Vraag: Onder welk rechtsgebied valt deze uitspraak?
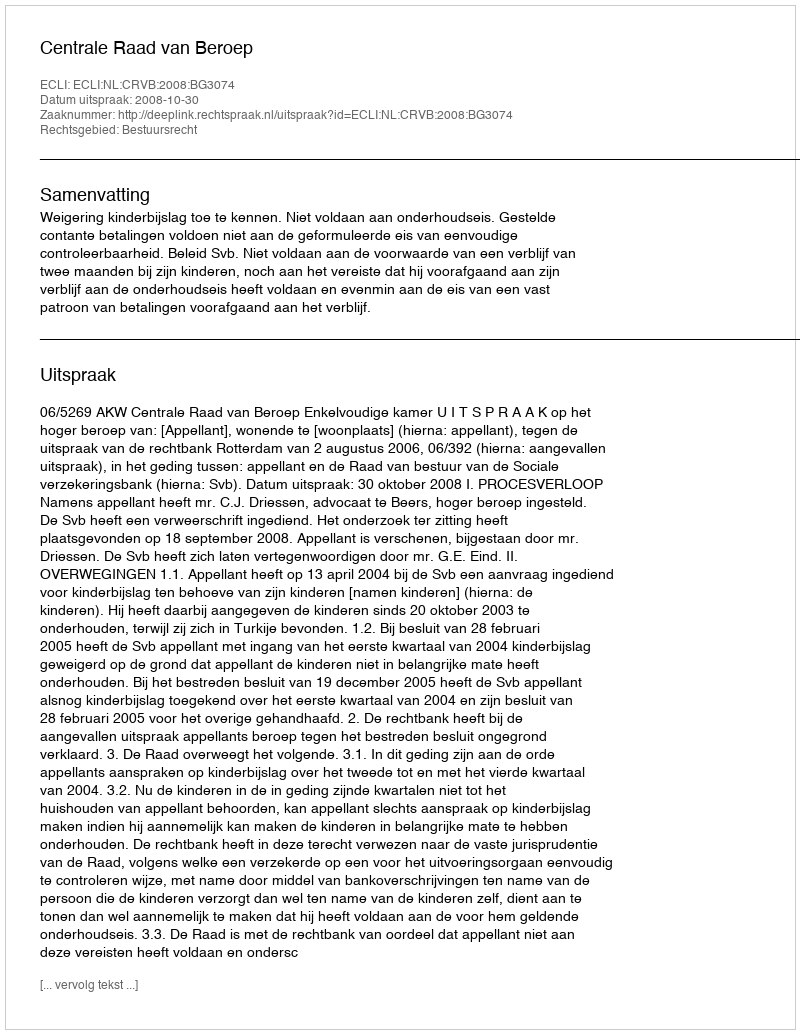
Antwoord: Bestuursrecht